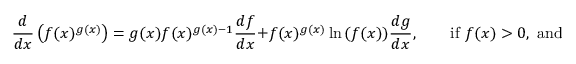
{ \frac { d } { d x } } \left( f ( x ) ^ { g ( x ) } \right) = g ( x ) f ( x ) ^ { g ( x ) - 1 } { \frac { d f } { d x } } + f ( x ) ^ { g ( x ) } \ln { ( f ( x ) ) } { \frac { d g } { d x } } , \qquad { \mathrm { i f ~ } } f ( x ) > 0 , { \mathrm { ~ a n d ~ i f ~ } } { \frac { d f } { d x } } { \mathrm { ~ a n d ~ } } { \frac { d g } { d x } } { \mathrm { ~ e x i s t . } }